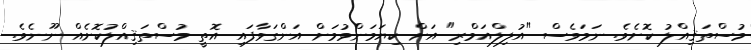
މުސްތަޤިއްލު ކޮށެވެ. ނަމަވެސް "އުލިލްއަމްރި" އަށް ކިޔަމަންވުމަށް އަންގަވާފައި އޮތީ މުސްތަޤިއްލުކޮށެއް ނޫނެވެ.